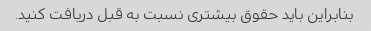
بنابراین باید حقوق بیشتری نسبت به قبل دریافت کنید.